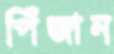
পিঁজান